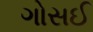
ગોસઈ